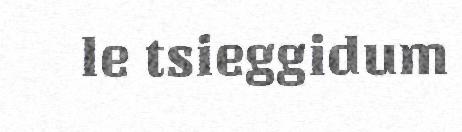
le tsieggidum